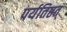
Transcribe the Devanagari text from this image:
पर्यतिष्ठत्